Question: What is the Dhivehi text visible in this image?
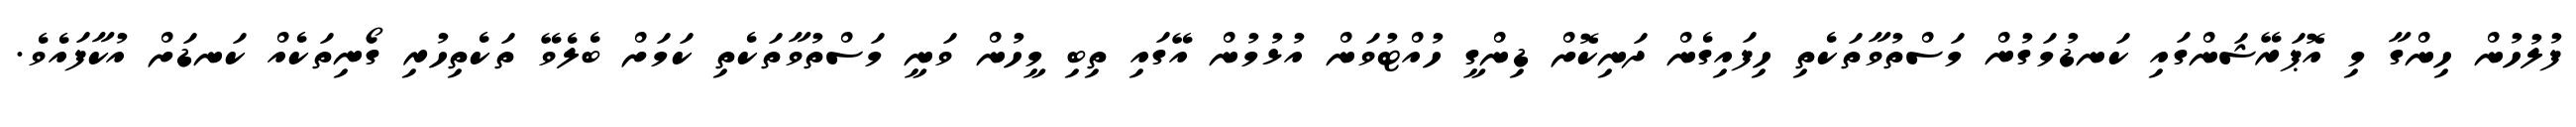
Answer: ފުލުހުން ހިންގާ މި އޮޕަރޭޝަންގައި ކަނޑުމަގުން މަސްތުވާތަކެތި ހިފައިގެން ދަނިކޮށް ޑިންގީ ހުއްޓުވަން އުޅުމުން އޭގައި ތިބި މީހުން ވަނީ މަސްތުވާތަކެތި ކަމަށް ބެލެވޭ ތަކެތިހުރި ގޯނިތަކެއް ކަނޑަށް އުކާފައެވެ.